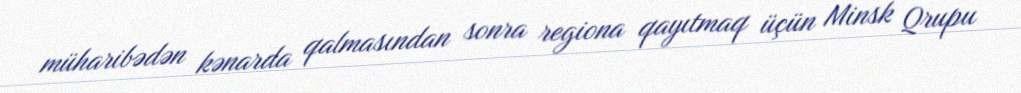
müharibədən kənarda qalmasından sonra regiona qayıtmaq üçün Minsk Qrupu